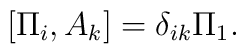
[\Pi_{i},A_{k}]=\delta_{ik}\Pi_{1}.